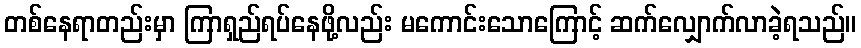
တစ်နေရာတည်းမှာ ကြာရှည်ရပ်နေဖို့လည်း မကောင်းသောကြောင့် ဆက်လျှောက်လာခဲ့ရသည်။